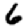
Digit: 6